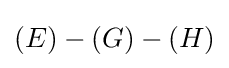
(E)-(G)-(H)